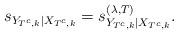
LaTeX: \begin{align*}s_{ Y_{T^c,k}|X_{T^c,k}}= s_{Y_{T^c,k}|X_{T^c,k}}^{(\lambda, T)}. \end{align*}